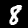
Digit: 8